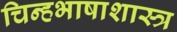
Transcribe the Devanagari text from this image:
चिन्हभाषाशास्त्र